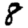
Digit: 8